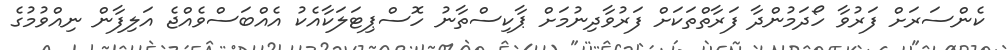
ކެންސަރަށް ފަރުވާ ހޯދަމުންދާ ފަރާތްތަކަށް ފަރުވާދިނުމަށް ޕާކިސްތާނު ހޮސްޕިޓަލަކާއެކު އެއްބަސްވެއްޖެ އަލިފާން ނިއްވުމުގެ